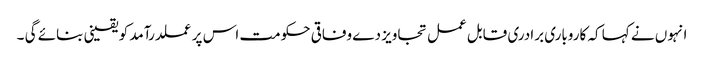
انہوں نے کہا کہ کاروباری برادری قابل عمل تجاویز دے وفاقی حکومت اس پر عملدرآمد کو یقینی بنائے گی ۔